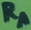
Text: RA